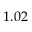
1 . 0 2